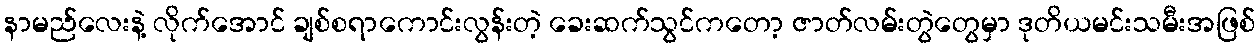
နာမည်လေးနဲ့ လိုက်အောင် ချစ်စရာကောင်းလွန်းတဲ့ ခေးဆက်သွင်ကတော့ ဇာတ်လမ်းတွဲတွေမှာ ဒုတိယမင်းသမီးအဖြစ်